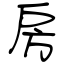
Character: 房